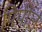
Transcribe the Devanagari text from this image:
पिपील